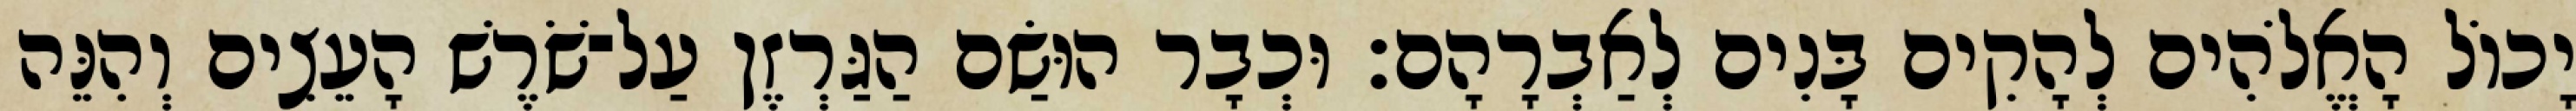
יָכוֹל הָאֱלֹהִים לְהָקִים בָּנִים לְאַבְרָהָם׃ וּכְבָר הוּשַׂם הַגַּרְזֶן עַל־שֹׁרֶשׁ הָעֵצִים וְהִנֵּה